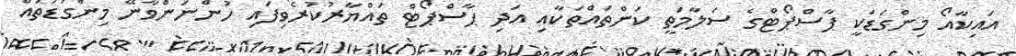
އައިކާއޯ މިންގަޑަކީ ޕާސްޕޯޓްގެ ސަލާމަތީ ކަންތައްތަކާއި އަދި ޕާސްޕޯޓް ތައްޔާރުކުރެވިފައި ހުންނަންވާނޭ މިންގަޑުތައް